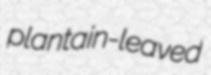
plantain-leaved